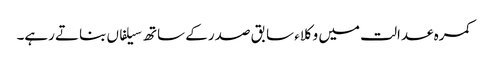
کمرہ عدالت میں وکلاء سابق صدر کے ساتھ سیلفاں بناتے رہے۔